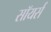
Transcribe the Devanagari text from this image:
सॉयर्स